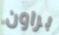
براون